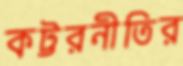
কট্টরনীতির